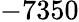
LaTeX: -7350